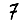
Digit: 7